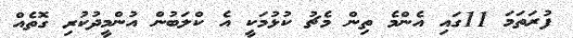
ފުރަތަމަ 11ގައި އެންމެ ތިން މެޗު ކުޅުމަކީ އެ ކްލަބުން އުންމީދުކުރި ގޮތެއް